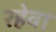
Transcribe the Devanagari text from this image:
रहेवा